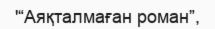
'“Аяқталмаған роман”,